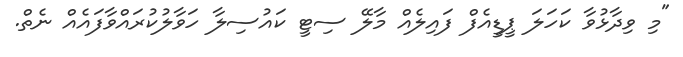
"މި ވިދާޅުވާ ކަހަލަ ޕީޑީއެފް ފައިލެއް މާލޭ ސިޓީ ކައުސިލާ ހަވާލުކުރައްވާފައެއް ނެތް.